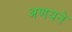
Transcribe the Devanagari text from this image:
अणयते